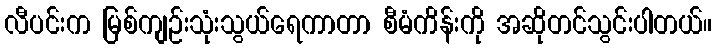
လီပင်းက မြစ်ကျဉ်းသုံးသွယ်ရေကာတာ စီမံကိန်းကို အဆိုတင်သွင်းပါတယ်။